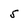
Character: 5